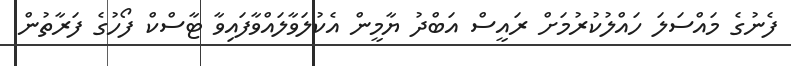
ފެނުގެ މައްސަލަ ހައްލުކުރުމަށް ރައީސް އަބްދު ޔާމީން އެކުލަވާލައްވާފައިވާ ޓާސްކް ފޯހުގެ ފަރާތުން